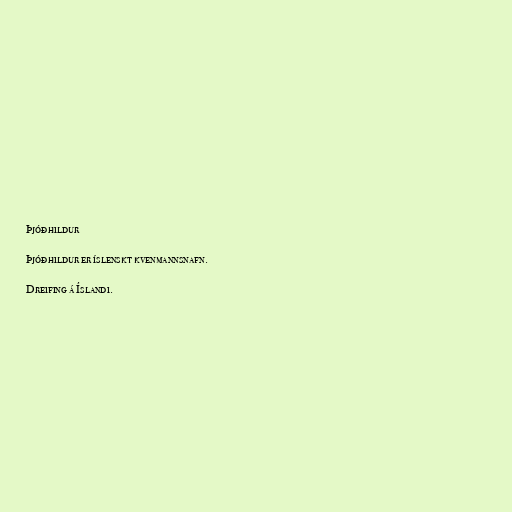
Þjóðhildur

Þjóðhildur er íslenskt kvenmannsnafn.

Dreifing á Íslandi.